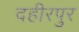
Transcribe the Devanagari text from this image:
दहीरपुर